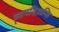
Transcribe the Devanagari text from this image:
व्यपदिशन्ति